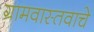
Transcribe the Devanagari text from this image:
ग्रामवास्तवाचे